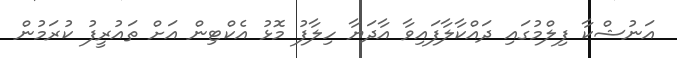
އަނުޝްކާ ފިލްމުގައި ދައްކާލާފައިވާ އާދަޔާ ހިލާފު މޮޅު އެކްޓިން އަށް ތައުރީފު ކުރަމުން